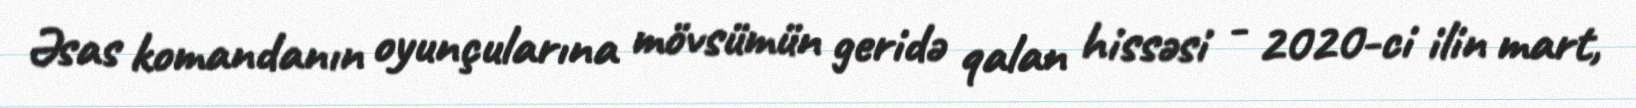
Əsas komandanın oyunçularına mövsümün geridə qalan hissəsi - 2020-ci ilin mart,